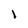
Character: I